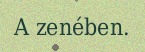
A zenében.